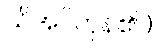
သိအပ်ကုန်၏။)